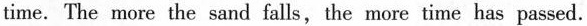
time. The more the sand falls, the more time has passed.